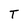
Character: T